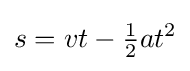
s=vt-{\begin{matrix}{\frac {1}{2}}\end{matrix}}at^{2}